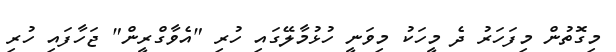
މިގޮތުން މިފަހަރު ދެ މީހަކު މިވަނީ ހުޅުމާލޭގައި ހުރި "އެވާގްރީން" ޖަހާފައި ހުރި